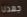
جهدنا